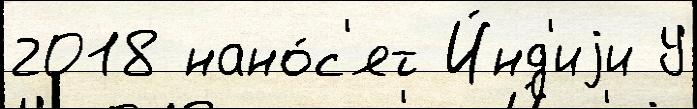
2018 нано́с'ят И́нд'иjи У